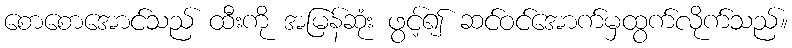
စောစောအောင်သည် ထီးကို အမြန်ဆုံး ဖွင့်၍ ဆင်ဝင်အောက်မှထွက်လိုက်သည်။